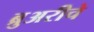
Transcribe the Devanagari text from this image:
ब्रुअरीचे